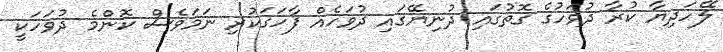
ލޭހަދިޔާ ކުރާ ދުވަހުގެ ގޮތުގައި ދުނިޔޭގައި ދުވަހެއް ފާހަގަކުރި ނަމަވެސް ކޮންމެ ދުވަހަކީ